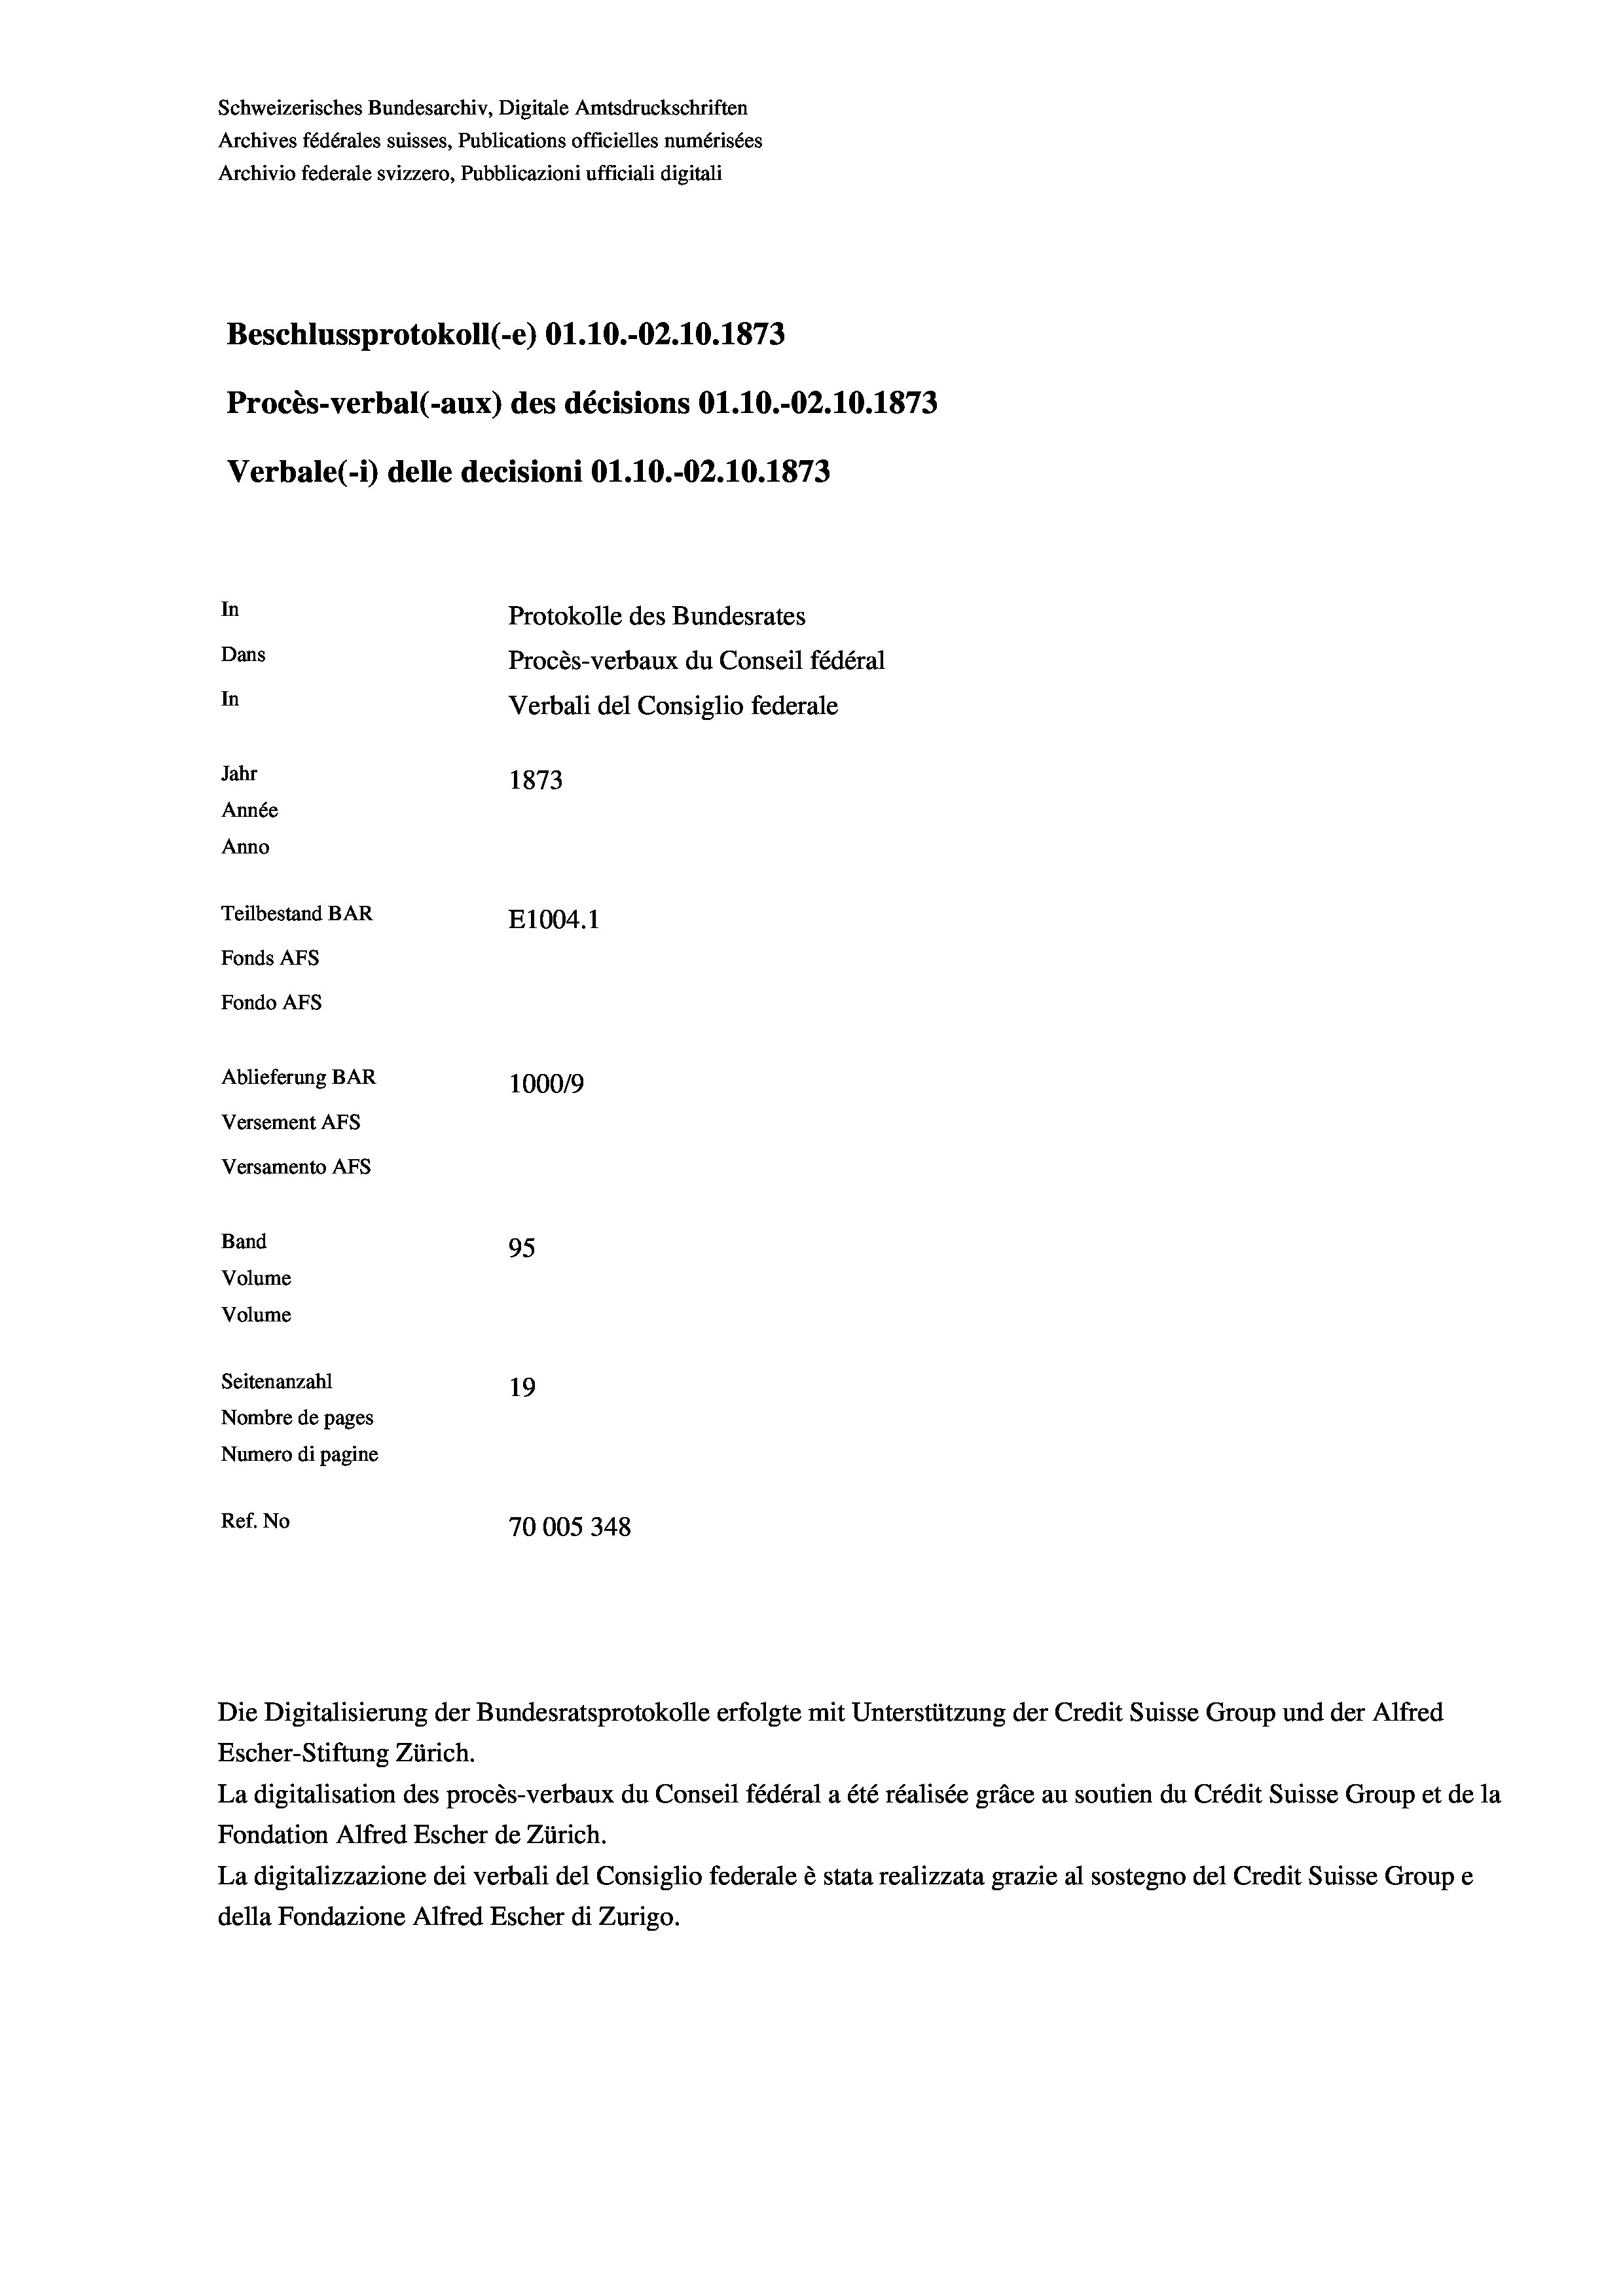
Schweizerisches Bundesarchiv, Digitale Amtsdruckschriften
Archives fédérales suisses, Publications officielles numérisées
Archivio federale svizzero, Pubblicazioni ufficiali digitali
Beschlussprotokoll (-e) O1.10.-02.10.1873
Procès-verbal (-aux) des décisions O1.10.-02.10.1873
Verbale(-*) delle decisioni O1.10.-O2.10.1873
In
Protokolle des Bundesrates
Dans
Procès-verbaux du Conseil fédéral
In
Verbali del Consiglio federale
Jahr
1873
Année
Anno
Teilbestand BAR
E1004.1
Fonds AFs
Fondo AFS
Ablieferung BAR
100019
Versement AFs
Versamento Afs
Band
95
Volume
Volume
Seitenanzahl
19

Nombre de pages
Numero di pagine
Ref. No
70005348

Escher-Stiftung Zürich.
La digitalisation des procès-verbaux du Conseil fédéral a été réalisée gräce au soutien du Crédit Suisse Group et de la
Fondation Alfred Escher de Zürich.
La digitalizzazione dei verbali del Consiglio federale è stata realizzata grazie al sostegno del Credit Suisse Groupe
della Fondazione Alfred Escher di Zurigo.

Die Digitalisierung der Bundesratsprotokolle erfolgte mit Unterstützung der Credit Suisse Group und der Alfred